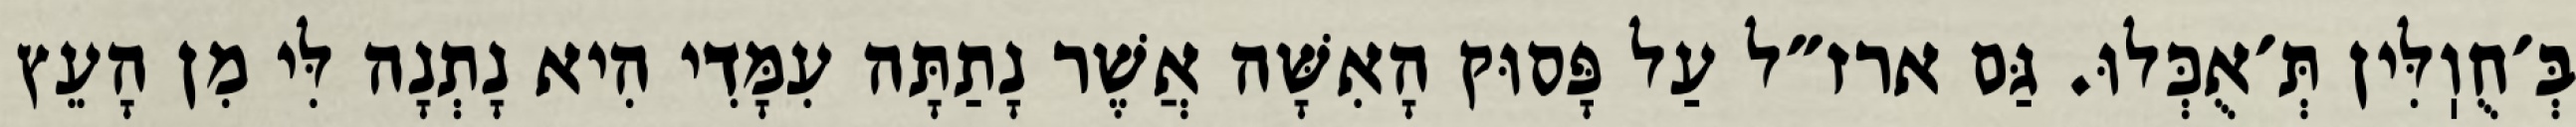
בְּ׳חֻוֽלִּין תְּ׳אֻכְּלוּ. גַּם ארז״ל עַל פָּסוּק הָאִשָּׁה אֲשֶׁר נָתַתָּה עִמָּדִי הִיא נָתְנָה לִּי מִן הָעֵץ